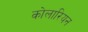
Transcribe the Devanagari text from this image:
कोलारियन